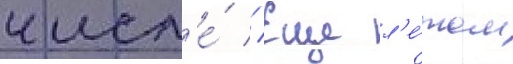
числ'е́ // Еще л'е́том